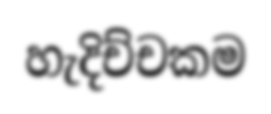
හැදිච්චකම